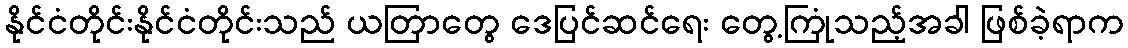
နိုင်ငံတိုင်းနိုင်ငံတိုင်းသည် ယတြာတွေ ဒေပြင်ဆင်ရေး တွေ့ကြုံသည့်အခါ ဖြစ်ခဲ့ရာက